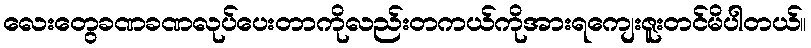
လေးတွေခဏခဏလုပ်ပေးတာကိုလည်းတကယ်ကိုအားရကျေးဇူးတင်မိပါတယ်။